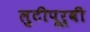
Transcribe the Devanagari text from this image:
लुटीपूर्वी